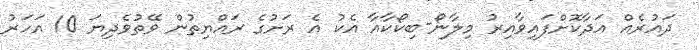
ދައުރެއް އަދާކޮށްފައިވާއިރު މިލާނޯ-ބިކޯކާއާ އެކު އެ ރަށުގެ ރައްޔިތުން ވޭތުވެދިޔަ 10 އަހަރު